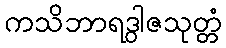
ကသိဘာရဒွါဇသုတ္တံ